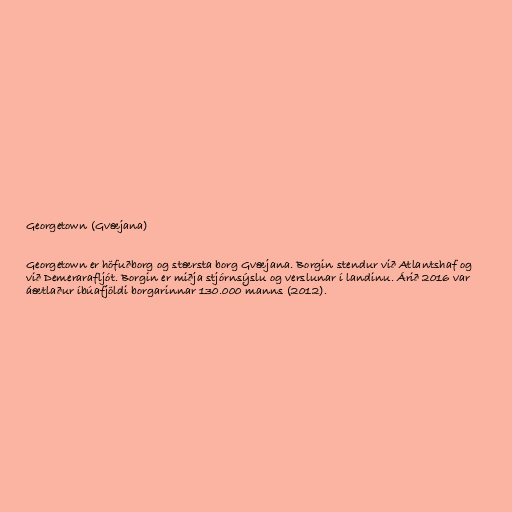
Georgetown (Gvæjana)

Georgetown er höfuðborg og stærsta borg Gvæjana. Borgin stendur við Atlantshaf og
við Demerarafljót. Borgin er miðja stjórnsýslu og verslunar í landinu. Árið 2016 var
áætlaður íbúafjöldi borgarinnar 130.000 manns (2012).